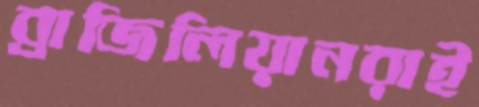
ব্রাজিলিয়ানরাই